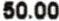
50.00